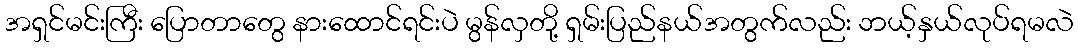
အရှင်မင်းကြီး ပြောတာတွေ နားထောင်ရင်းပဲ မွန်လှတို့ ရှမ်းပြည်နယ်အတွက်လည်း ဘယ့်နှယ်လုပ်ရမလဲ